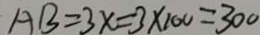
A B = 3 x = 3 \times 1 0 0 = 3 0 0